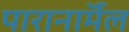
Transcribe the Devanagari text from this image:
पारानाॅर्मल